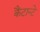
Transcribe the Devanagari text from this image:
कैंटान्टे